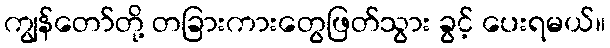
ကျွန်တော်တို့ တခြားကားတွေဖြတ်သွား ခွင့် ပေးရမယ်။